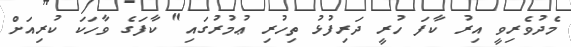
މެދުވެރިވީ އިރު ކާފަ ހުރީ ދަރިފުޅު ތިހުރި ޢުމުރުގައި" ކާފަގެ ވާހަކަ ކުރިއަށް